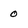
Character: 0